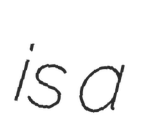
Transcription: is a